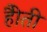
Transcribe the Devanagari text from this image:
हैोती